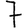
Digit: 7